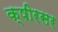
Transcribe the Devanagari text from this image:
क्षीरसर